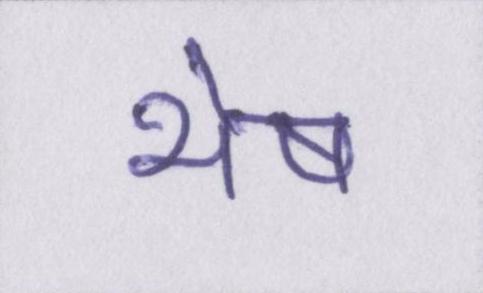
भेष